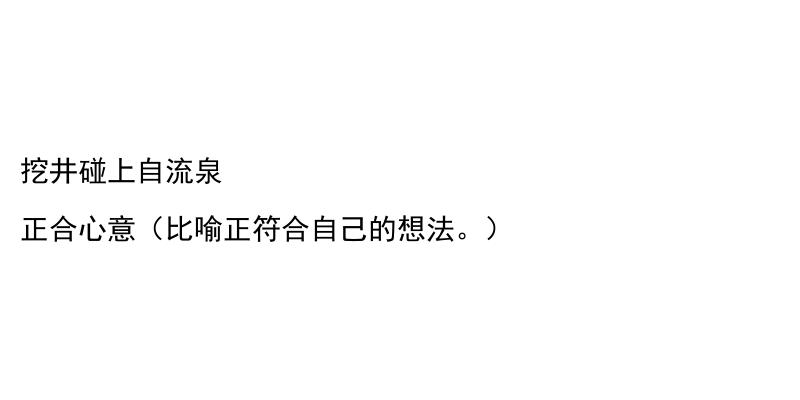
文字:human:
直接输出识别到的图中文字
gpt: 挖井碰上自流泉 正合心意（比喻正符合自己的想法。）